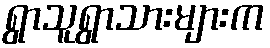
ရွာသူရွာသားများက